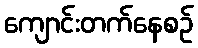
ကျောင်းတက်နေစဉ်